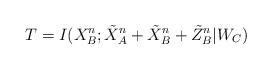
LaTeX: \begin{align*}T&= I(X_B^n; \tilde{X}^n_A + \tilde{X}^n_B+\tilde{Z}_B^n|W_C)\end{align*}